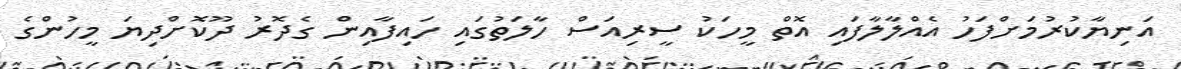
އަނިޔާކުރުމަށްފަހު އެއްލާލާފައި އޮތް މީހަކު ސީރިއަސް ހާލަތުގައި ހައިފާއިން ގެދޮރު ދޫކޮށްދިޔަ މީހުންގެ